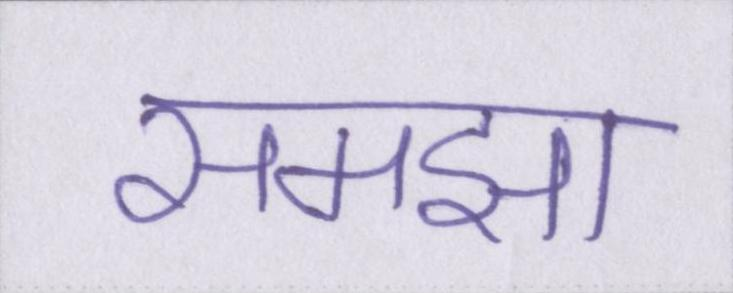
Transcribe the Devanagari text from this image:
समझा